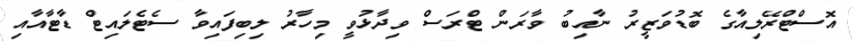
އޮސްޓްރޭލިއާގެ ބޮޑުވަޒީރު ނާއިބު ވާރަން ޓްރަސް ވިދާޅުވީ މިހާރު ލިބިފައިވާ ސެޓެލައިޓް ޑާޓާއާއި